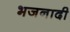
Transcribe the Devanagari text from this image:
भजनादी